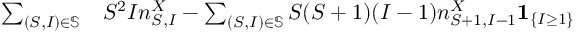
\begin{array} { r l } { \sum _ { ( S , I ) \in \mathbb { S } } } & { { } S ^ { 2 } I n _ { S , I } ^ { X } - \sum _ { ( S , I ) \in \mathbb { S } } S ( S + 1 ) ( I - 1 ) n _ { S + 1 , I - 1 } ^ { X } \mathbf { 1 } _ { \left\{ I \geq 1 \right\} } } \end{array}